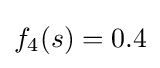
f_{4}(s)=0.4